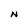
Character: N